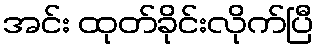
အင်း ထုတ်ခိုင်းလိုက်ပြီ